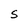
Character: S